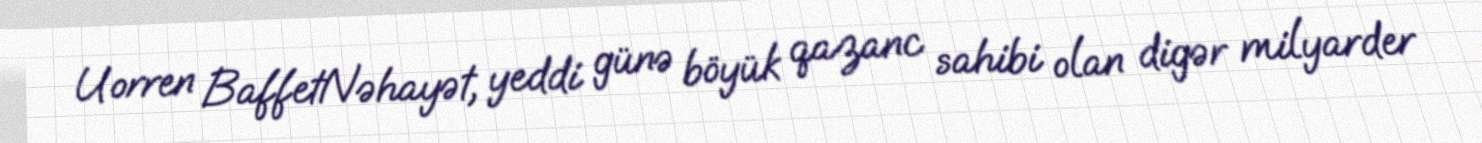
Uorren BaffetNəhayət, yeddi günə böyük qazanc sahibi olan digər milyarder